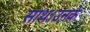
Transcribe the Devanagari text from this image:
साथ।उनके